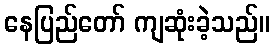
နေပြည်တော် ကျဆုံးခဲ့သည်။